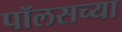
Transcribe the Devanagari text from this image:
पॉलसच्या